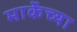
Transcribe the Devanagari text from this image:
मार्केच्या